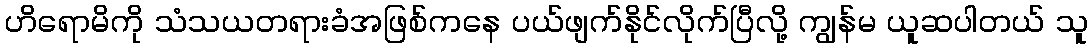
ဟိရောမိကို သံသယတရားခံအဖြစ်ကနေ ပယ်ဖျက်နိုင်လိုက်ပြီလို့ ကျွန်မ ယူဆပါတယ် သူ